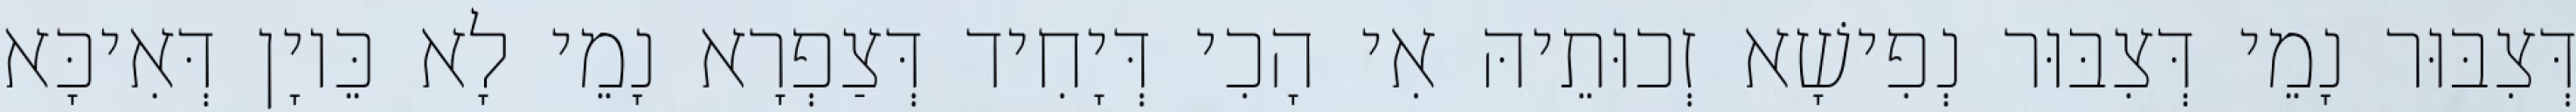
דְּצִבּוּר נָמֵי דְּצִבּוּר נְפִישָׁא זְכוּתֵיהּ אִי הָכִי דְּיָחִיד דְּצַפְרָא נָמֵי לָא כֵּיוָן דְּאִיכָּא